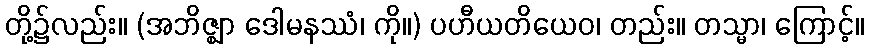
တို့၌လည်း။ (အဘိဇ္ဈာ ဒေါမနဿံ၊ ကို။) ပဟီယတိယေဝ၊ တည်း။ တသ္မာ၊ ကြောင့်။